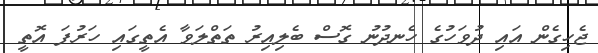
ޖެހިގެން އައި ދުވަހުގެ ހެނދުނު ގޮސް ބެލިއިރު ތަތްލަވާ އެތީގައި ހަރުފަ އޮތީ